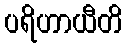
ပရိဟာယီတိ